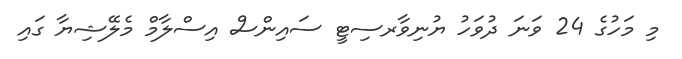
މި މަހުގެ 24 ވަނަ ދުވަހު ޔުނިވާރސިޓީ ސައިންސް އިސްލާމް މެލޭޝިޔާ ގައި